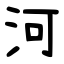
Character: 河